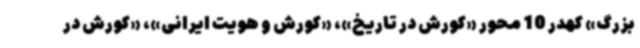
بزرگ» کهدر 10 محور «کورش در تاریخ»، «کورش و هویت ایرانی»، «کورش در